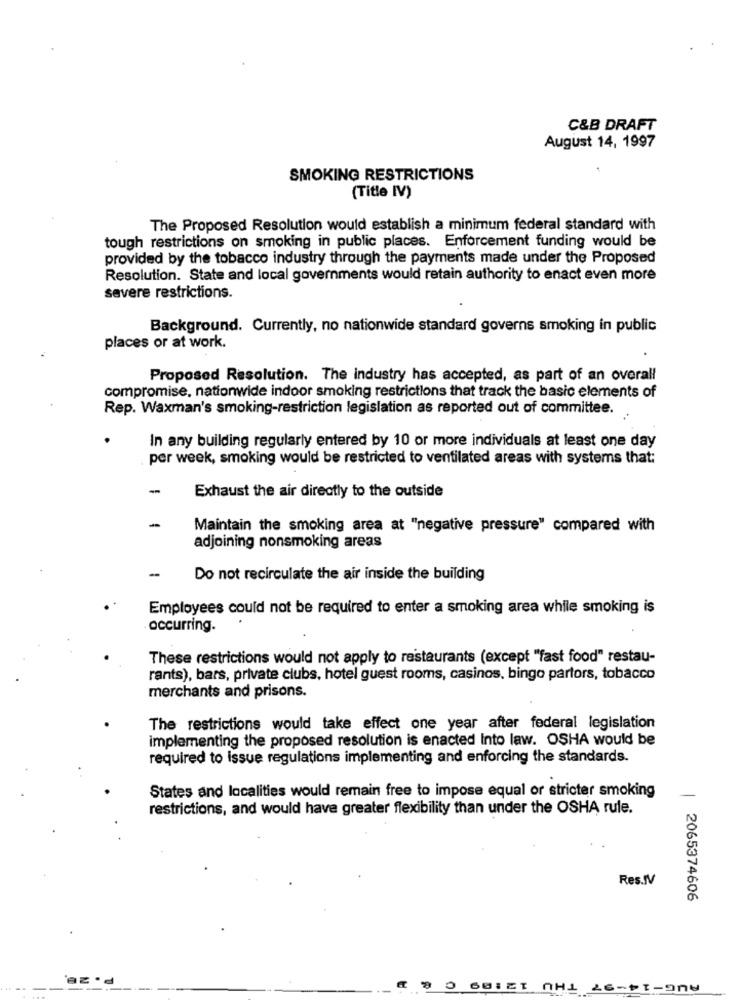
C&B DRAFT
August 14, 1997
SMOKING RESTRICTIONS
(Title IV)
The Proposed Resolution would establish a minimum federal standard with
tough restrictions on smoking in public places. Enforcement funding would be
provided by the tobacco industry through the payments made under the Proposed
Resolution. State and local governments would retain authority to enact even more
severe restrictions.
Background. Currently, no nationwide standard governs smoking in public
places or at work.
Proposed Resolution. The industry has accepted, as part of an overall
compromise, nationwide indoor smoking restrictions that track the basic elements of
Rep. Waxman's smoking-restriction legislation as reported out of committee.
In any building regularly entered by 10 or more individuals at least one day
per week, smoking would be restricted to ventilated areas with systems that:
-
Exhaust the air directly to the outside
-
Maintain the smoking area at "negative pressure" compared with
adjoining nonsmoking areas
-
Do not recirculate the air inside the building
Employees could not be required to enter a smoking area while smoking is
occurring.
These restrictions would not apply to restaurants (except "fast food" restau-
rants), bars, private clubs, hotel guest rooms, casinos, bingo parlors, tobacco
merchants and prisons.
The restrictions would take effect one year after federal legislation
implementing the proposed resolution is enacted Into law. OSHA would be
required to issue regulations implementing and enforcing the standards.
States and localities would remain free to impose equal or stricter smoking
-
restrictions, and would have greater flexibility than under the OSHA rule.
Res.IV
2065374606
THU
0 60:ET
26-11-9ny